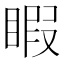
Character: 睱